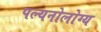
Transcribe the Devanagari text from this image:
पल्यनोलोग्य